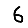
Digit: 6